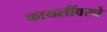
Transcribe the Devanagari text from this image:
फायलींवरचे